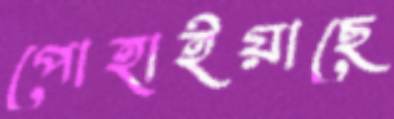
পোহাইয়াছে